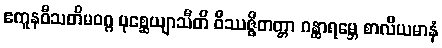
ဧကူနဝီသတိမဝဂ္ဂ ပုစ္ဆေယျာသီတိ ဝိဿဇ္ဇိတတ္တာ ဂန္ထာရမ္ဘေ စာလိယမာနံ